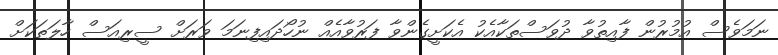
ނަމަވެސް އުމުރުން ފާއިތުވާ ދުވަސްތަކާއެކު އެކަށީގެންވާ ފަރުވާއެއް ނުހޯދައިފިނަމަ ވަރަށް ސީރިއަސް ހާލަތަކަށް